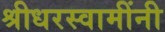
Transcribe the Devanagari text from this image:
श्रीधरस्वामींनी